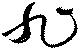
旭